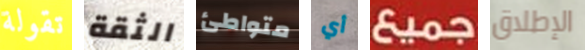
تقولة الثقة متواطئ أي جميع الإطلاق